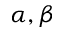
\alpha , \beta